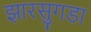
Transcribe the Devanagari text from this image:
झारसुगडा